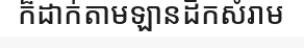
ក៏ដាក់តាមឡានដឹកសំរាម